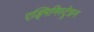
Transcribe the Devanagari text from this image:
एड्मिनिस्ट्रेशन